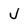
Character: J